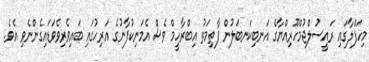
މިހަފްލާގައި ރައީސުލްޖުމްހޫރިއްޔާގެ އަނބިކަނބަލުން ފާތިމަތު އިބްރާހީމް ވެސް އެމަނިކުފާނުގެ އަރިހުގައި ބައިވެރިވެވަޑައިގެންނެވި އެވެ.